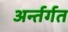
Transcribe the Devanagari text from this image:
अर्न्तर्गत